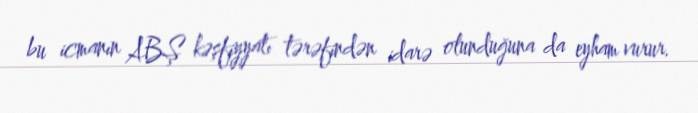
bu icmanın ABŞ kəşfiyyatı tərəfindən idarə olunduğuna da eyham vurur.